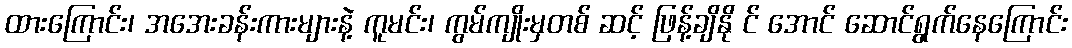
ထားကြောင်း၊ အအေးခန်းကားများနဲ့ ကူမင်း၊ ကွမ်ကျိုးမှတစ် ဆင့် ဖြန့်ချိနို င် အောင် ဆောင်ရွက်နေကြောင်း